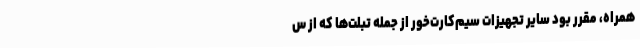
همراه، مقرر بود سایر تجهیزات سیم‌کارت‌خور از جمله تبلت‌ها که از س